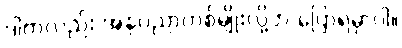
ဒါကလည်း အနုပညာတစ်မျိုးလို့ဘဲ ပြောရမှာပါ။